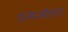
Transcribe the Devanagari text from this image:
रामऔतार